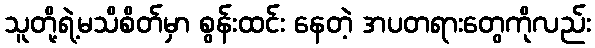
သူတို့ရဲ့မသိစိတ်မှာ စွန်းထင်း နေတဲ့ အပတရားတွေကိုလည်း